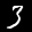
Label: 3